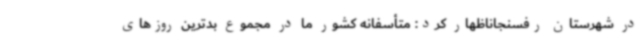
در شهرستان رفسنجاناظهار کرد: متأسفانه کشور ما در مجموع بدترین روزهای